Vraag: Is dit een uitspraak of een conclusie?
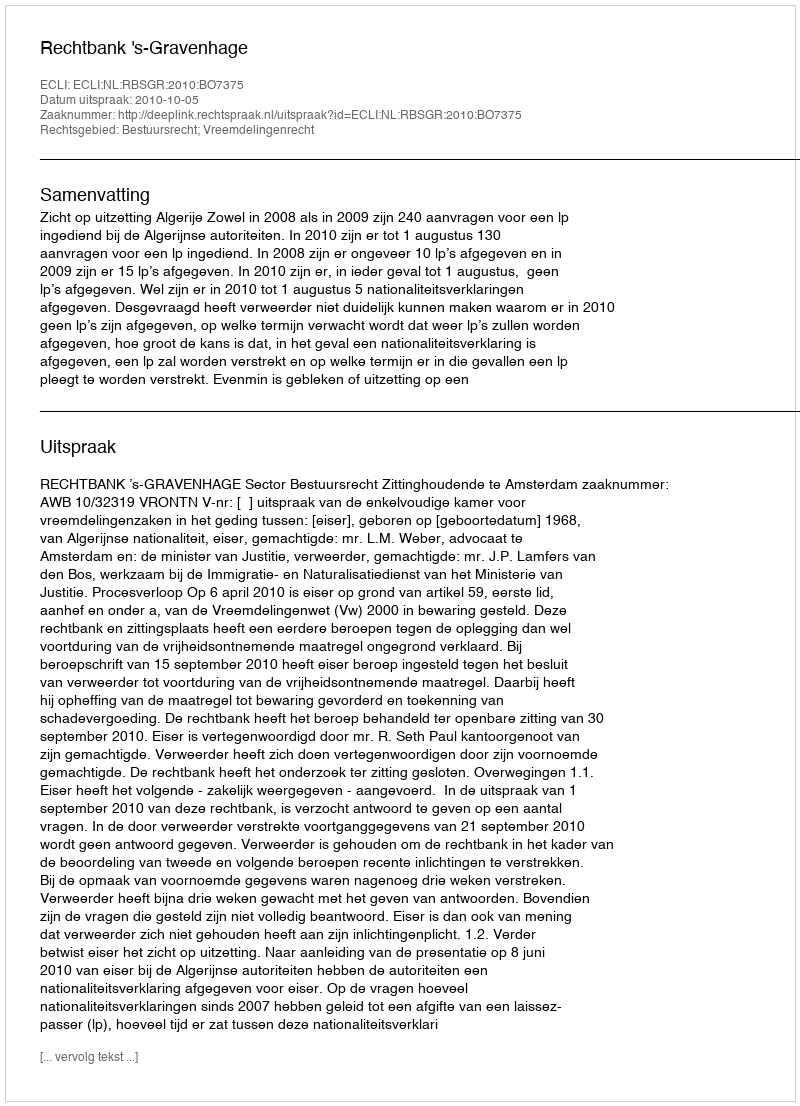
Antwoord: Uitspraak